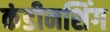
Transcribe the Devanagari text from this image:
कंडीनशिंग